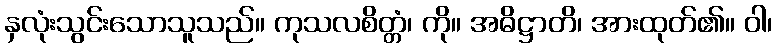
နှလုံးသွင်းသောသူသည်။ ကုသလစိတ္တံ၊ ကို။ အဓိဋ္ဌာတိ၊ အားထုတ်၏။ ဝါ၊